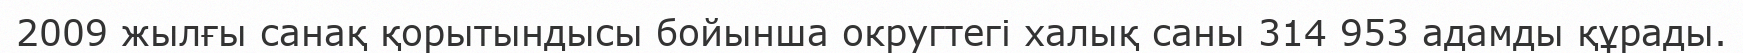
2009 жылғы санақ қорытындысы бойынша округтегі халық саны 314 953 адамды құрады.